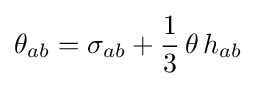
\theta _{ab}=\sigma _{ab}+{\frac {1}{3}}\,\theta \,h_{ab}